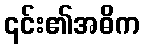
၎င်း၏အဓိက